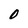
Character: 0